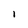
Character: 1